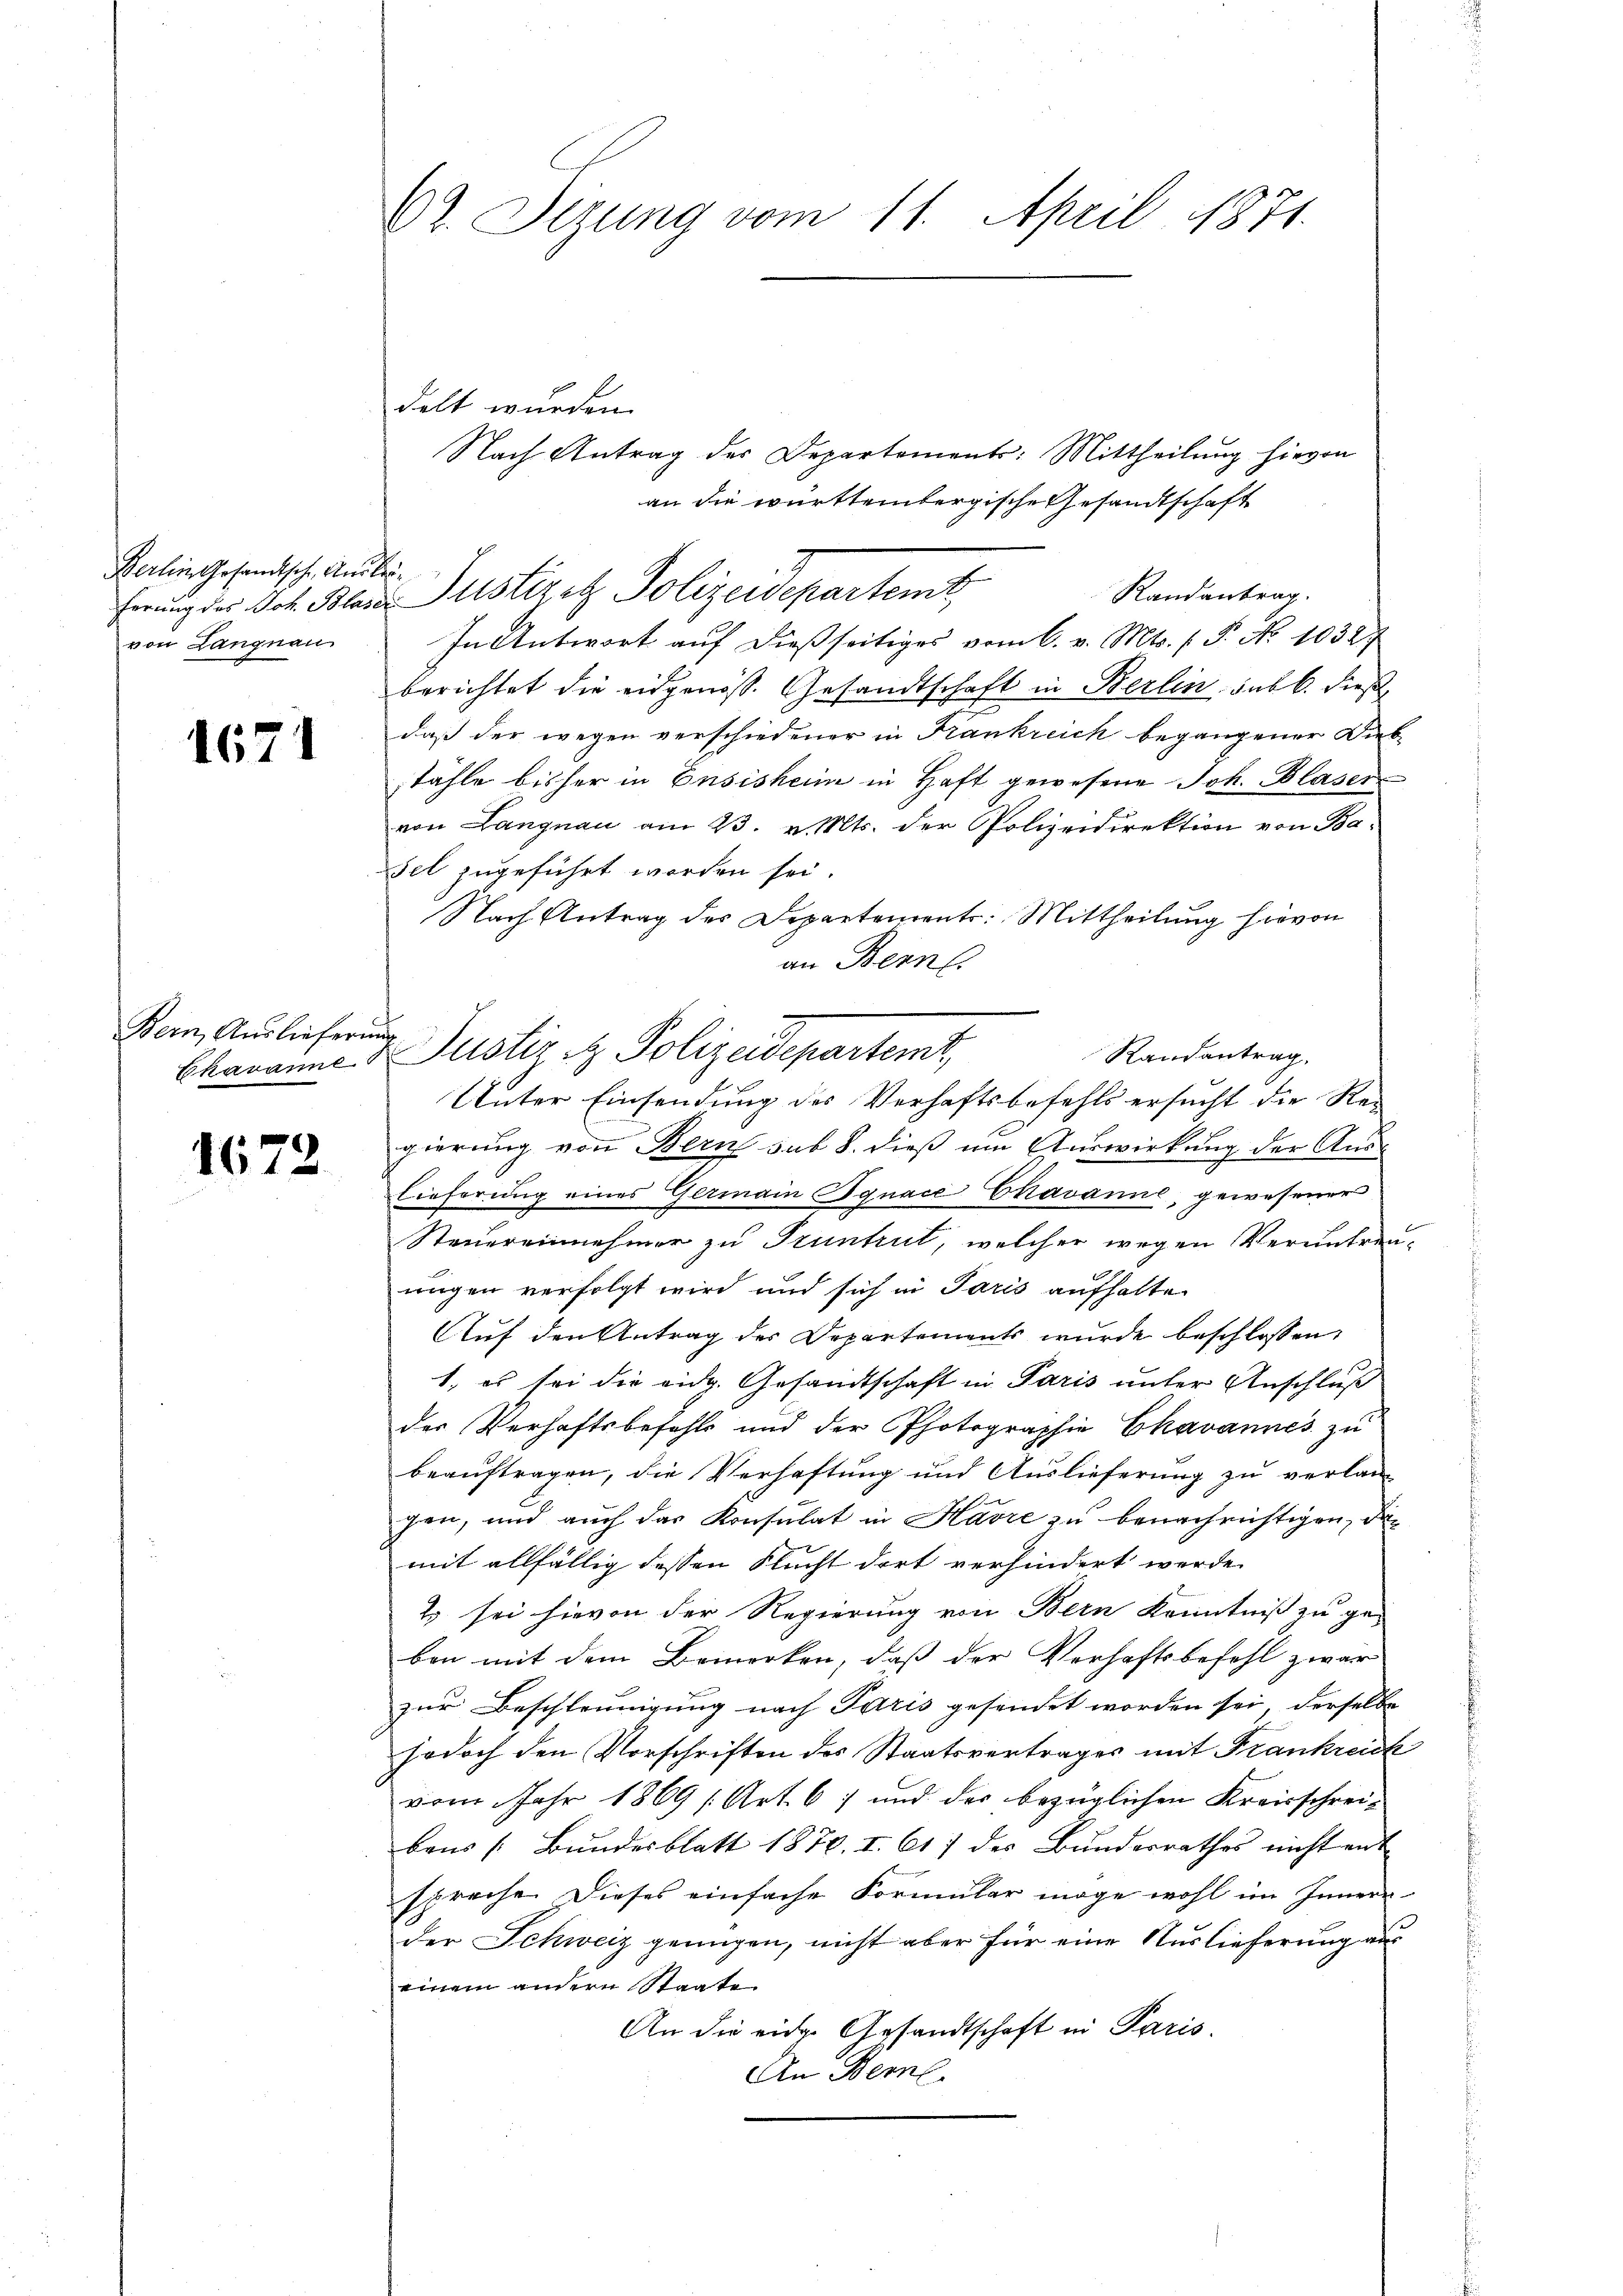
Berlin Gesandtsche Ausbrüvon Langnau

1671

Bein, Auslieferung

1672

62. Sezung vom 11. April 1871.

Nach Antrag der Departements: Mittheilung hievon
an die württembergische Gesandtschaft
Randantrag.
In Antwort auf dießseitiges vom 6. v. Mts. (T. No 10327
berichtet die eidgenös. Gesandtschaft in Berlin sub b. dieß
daß der wegen verschiedener in Frankreich begangener Diebstähle bisher in Ensisheim in Haft gewesene Joh. Blaser
von Langnau am 23. v. Mts. der Polizeidirektion von Basel zugeführt worden sei.
Nach Antrag des Departements: Mittheilung hievon
an Bern
gierung von Bern sub 8. dieß um Auswirkung der Auslieferung eines Germain Ignace Ekavanne gewesener
Steuereinnehmer zu Pruntrut, welcher wegen Veruntreu-
ungen verfolgt wird und sich in Paris aufhalte
Auf den Antrag des Departements wurde beschlossen
1. es sei die eidg. Gesandtschaft in Paris unter Anschluß
der Verhaftsbefehls und der Photographie Ekavannes zu
beauftragen, die Verhaftung und Auslieferung zu verlan-
gen, und auch das Konsulat in Havre zu benachrichtigen, das
mit allfällig dessen Flucht dort verhindert werde.
2) sei hievon der Regierung von Bern Kenntniß zu ge-
ben mit dem Bemerken, daß der Verhaftsbefehl zwar
zur Beschleunigung nach Paris gesendet worden sei, derselbe
jodoch den Vorschriften des Staatsvertrages mit Frankreich
vom Jahr 1869 (Art. 61 und des bezüglichen Kreisschreibaus Bundesblatt 1876. I. 617 des Bundesrathes nicht mit
spreche. Dieses einfache Formular möge wohl im Innern
der Schweiz genügen, nicht aber für eine Auslieferung aus
einem andern Staate
An die eige Gesandtschaft in Paris.
An Berne

delt wurden.

herung der Joh. Blais Justiz et Polizeidepartemt,

Randantrag.
Chavanne & Justiz & Polizeidepartemt,
Unter Einsendung des Verhaftsbefehls ersucht die Rei-